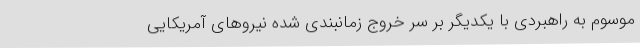
موسوم به راهبردی با یکدیگر بر سر خروج زمانبندی شده نیرو‌های آمریکایی